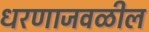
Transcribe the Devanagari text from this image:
धरणाजवळील